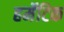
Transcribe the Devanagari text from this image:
हर्मेटिक